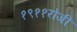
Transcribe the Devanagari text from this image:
१९११रोजी